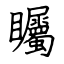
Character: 矚